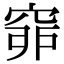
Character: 𥥺